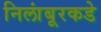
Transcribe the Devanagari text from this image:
निलांबूरकडे